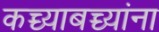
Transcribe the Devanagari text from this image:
कच्च्याबच्च्यांना